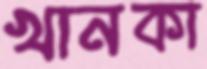
খানকা